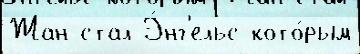
Жан стал Э́нг'ельс кото́рым